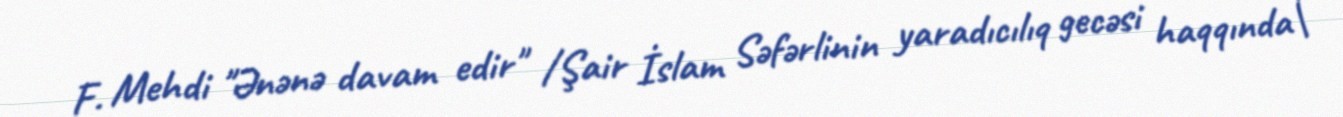
F. Mehdi "Ənənə davam edir" /Şair İslam Səfərlinin yaradıcılıq gecəsi haqqında\